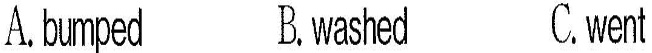
A.bumped B.washed C.went